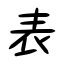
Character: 表